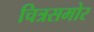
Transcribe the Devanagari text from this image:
चित्रसमोर